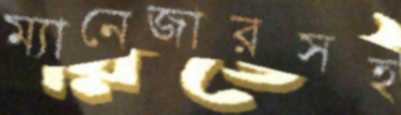
ম্যানেজারসহ